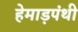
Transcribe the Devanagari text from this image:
हेमाड़पंथी